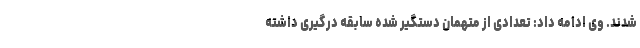
شدند. وی ادامه داد: تعدادی از متهمان دستگیر شده سابقه درگیری داشته